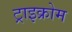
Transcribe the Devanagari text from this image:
ट्राइक्रोम